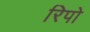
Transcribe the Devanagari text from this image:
रिपो